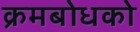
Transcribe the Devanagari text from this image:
क्रमबोधको